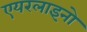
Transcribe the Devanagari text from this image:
एयरलाइनो